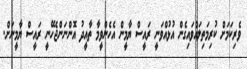
ވެރިކަމަށް ކުރިމަތިލައްވައިގެން އުޅުއްވަނީ ރައީސް ޔާމީން އެހެންވީމާ ތާއީދު އޮންނަންޖެހޭނީ ރައީސް ޔާމީނަށް.